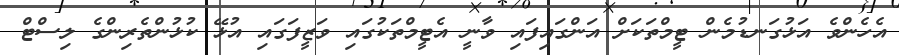
އެހެންވެ އަޅުގަނޑުމެން ޓީމްތަކަށް އަންގައިފައި ވާނީ އެޓީމްތަކުގައި ވަޒީފަގައި އުޅޭ ކުޅުންތެރިންގެ ލިސްޓް